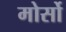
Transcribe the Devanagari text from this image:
मोर्सो